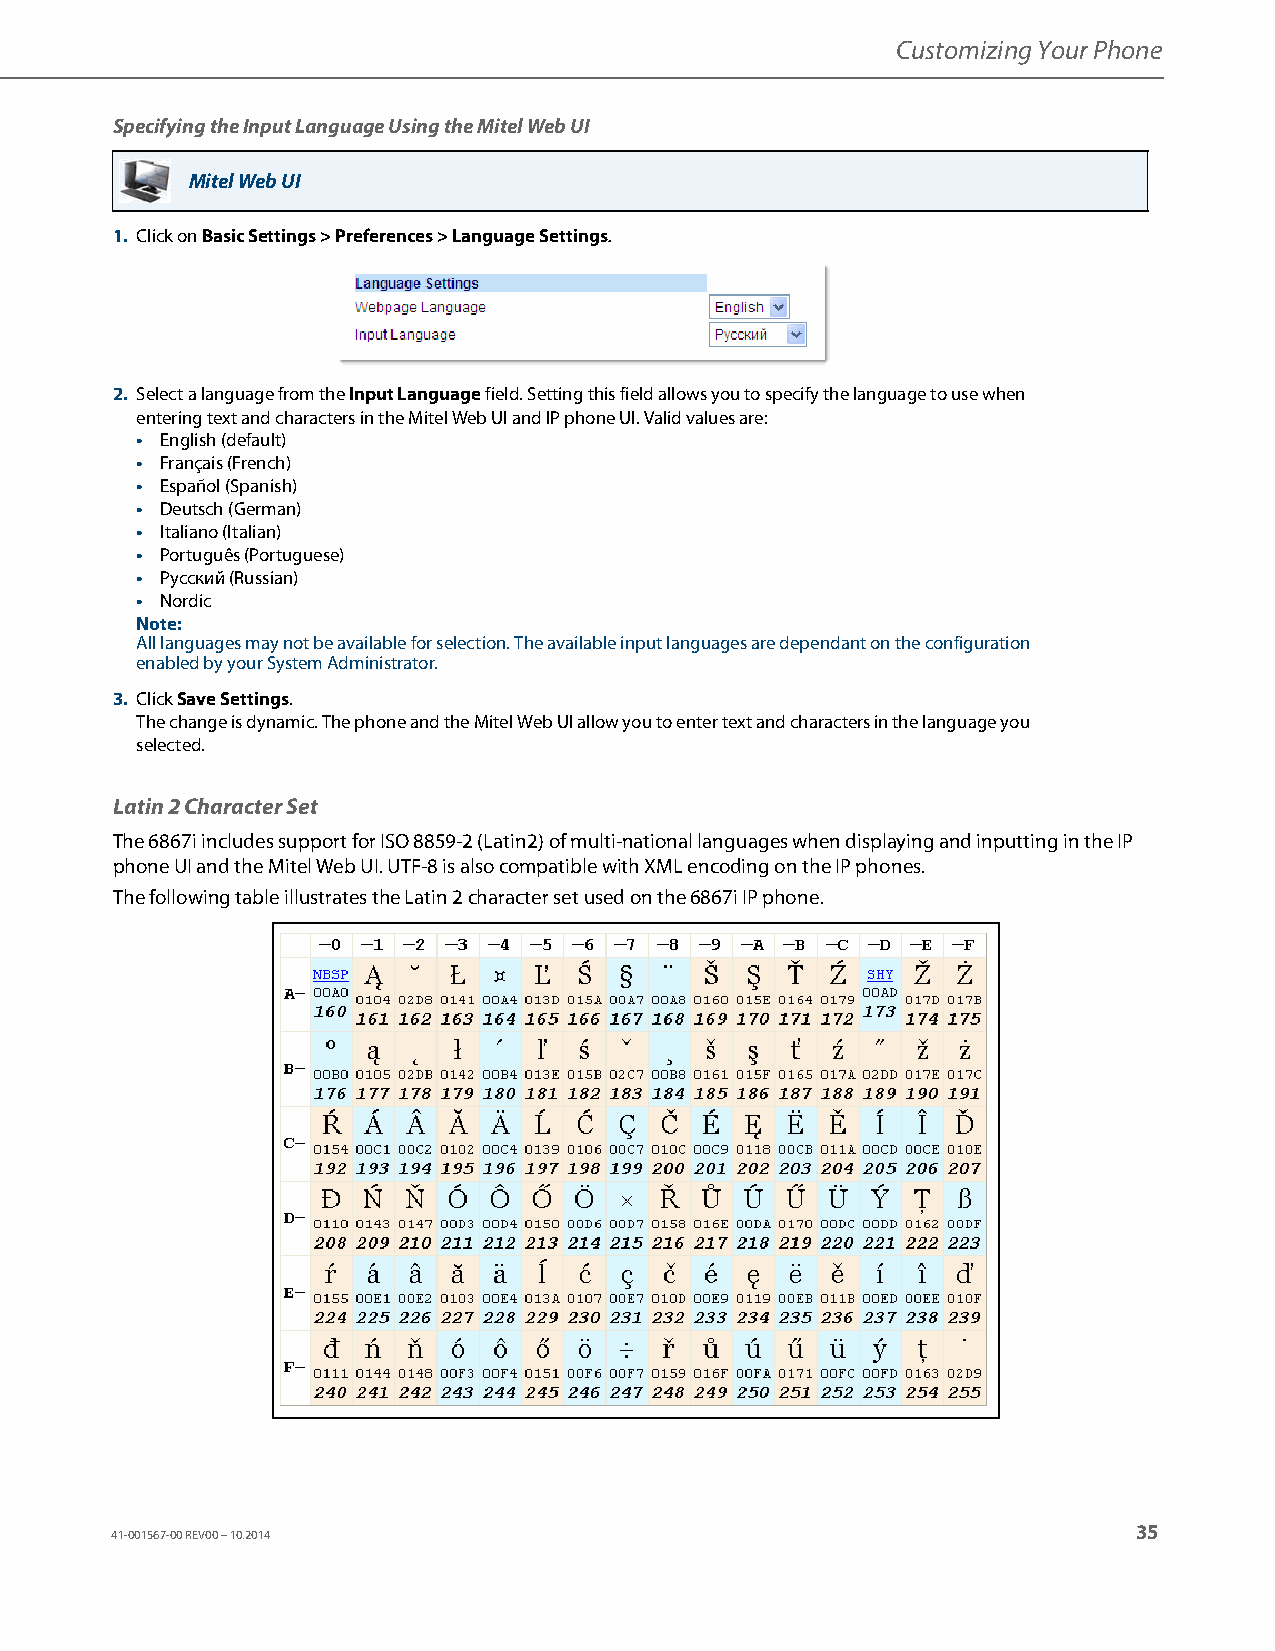
Customizing Your Phone
 Specifying the Input Language Using the Mitel Web UI
 Mitel Web UI
 1. Click on Basic Settings > Preferences > Language Settings.
 2. Select a language from the Input Language field. Setting this field allows you to specify the language to use when
 entering text and characters in the Mitel Web UI and IP phone UI. Valid values are:
 • English (default)
 • Français (French)
 • Español (Spanish)
 • Deutsch (German)
 • Italiano (Italian)
 • Português (Portuguese)
 • Русский (Russian)
 • Nordic
 Note:
 All languages may not be available for selection. The available input languages are dependant on the configuration
 enabled by your System Administrator.
 3. Click Save Settings.
 The change is dynamic. The phone and the Mitel Web UI allow you to enter text and characters in the language you
 selected.
 Latin 2 Character Set
 The 6867i includes support for ISO 8859-2 (Latin2) of multi-national languages when displaying and inputting in the IP
 phone UI and the Mitel Web UI. UTF-8 is also compatible with XML encoding on the IP phones.
 The following table illustrates the Latin 2 character set used on the 6867i IP phone.
 35
 41-001567-00 REV00 – 10.2014